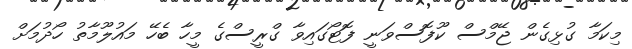
މިކަމާ ގުޅިގެން ޖޭމްސް ކޫފޮސްވަނީ ފޮޓޯގައިވާ ގްރީސްގެ މީހާ ބެހޭ މައުލޫމާތު ހޯދުމަށް